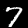
Digit: 7